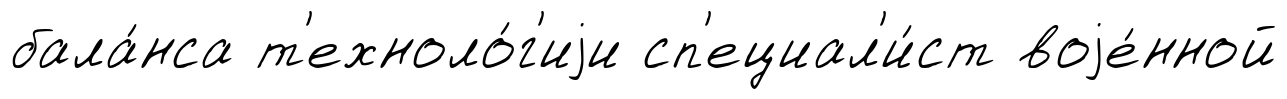
бала́нса т'ехноло́г'иjи сп'ециал'и́ст воjе́нной